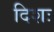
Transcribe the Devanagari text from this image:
दिशः